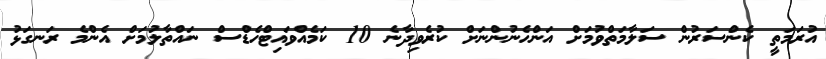
އުރަމަތީ ކެންސަރުން ސަލާމަތްވުމަށް އަންހެނުންނަށް ކުރެވިދާނެ 10 ކަމެއްވައިޓްހެޑްސް ނައްތާލުމަށް އެންމެ ރަނގަޅު